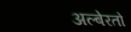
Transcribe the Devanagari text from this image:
अल्बेरतो